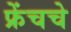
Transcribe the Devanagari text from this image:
फ्रेंचचे